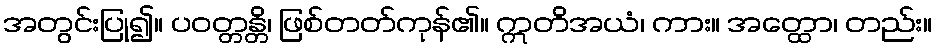
အတွင်းပြု၍။ ပဝတ္တန္တိ၊ ဖြစ်တတ်ကုန်၏။ ဣတိအယံ၊ ကား။ အတ္ထော၊ တည်း။